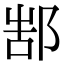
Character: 𨜋